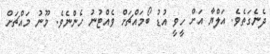
ދެނެގަތެވެ. އަލްޔާ އަށް ހީވީ އުޑު ބޯމައްޗަށް ވެއްޓުނު ހެންނެވެ. މޫނު މައްޗަށް